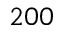
2 0 0